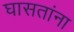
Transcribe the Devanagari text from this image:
घासतांना